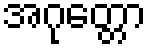
အဂုတ္တော